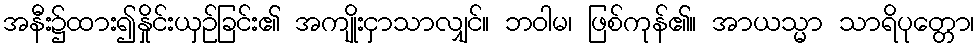
အနီး၌ထား၍နှိုင်းယှဉ်ခြင်း၏ အကျိုးငှာသာလျှင်။ ဘဝါမ၊ ဖြစ်ကုန်၏။ အာယသ္မာ သာရိပုတ္တော၊